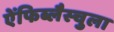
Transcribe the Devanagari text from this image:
ऐंफिब्लैस्चुला